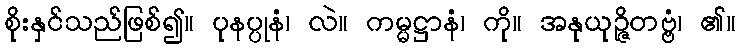
စိုးနှင်သည်ဖြစ်၍။ ပုနပ္ပုနံ၊ လဲ။ ကမ္မဋ္ဌာနံ၊ ကို။ အနုယုဉ္ဇိတဗ္ဗံ၊ ၏။